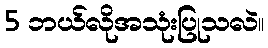
5 ဘယ်လိုအသုံးပြုသလဲ။